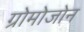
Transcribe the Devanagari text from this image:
ग्रोमोजोन